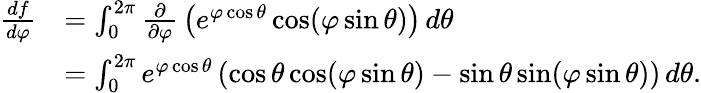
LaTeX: {\begin{array}{rl}{{\frac{df}{d\varphi}}}&{=\int_{0}^{2\pi}{\frac{\partial}{\partial\varphi}}\left(e^{\varphi\cos\theta}\cos(\varphi\sin\theta)\right)\, d\theta}\\ &{=\int_{0}^{2\pi}e^{\varphi\cos\theta}\left(\cos\theta\cos(\varphi\sin\theta)-\sin\theta\sin(\varphi\sin\theta)\right)\, d\theta.}\end{array}}